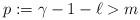
LaTeX: \begin{align*}p:=\gamma-1-\ell>m\end{align*}